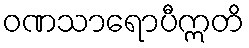
ဝဏသာရောပီဣတိ